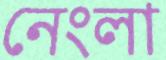
নেংলা